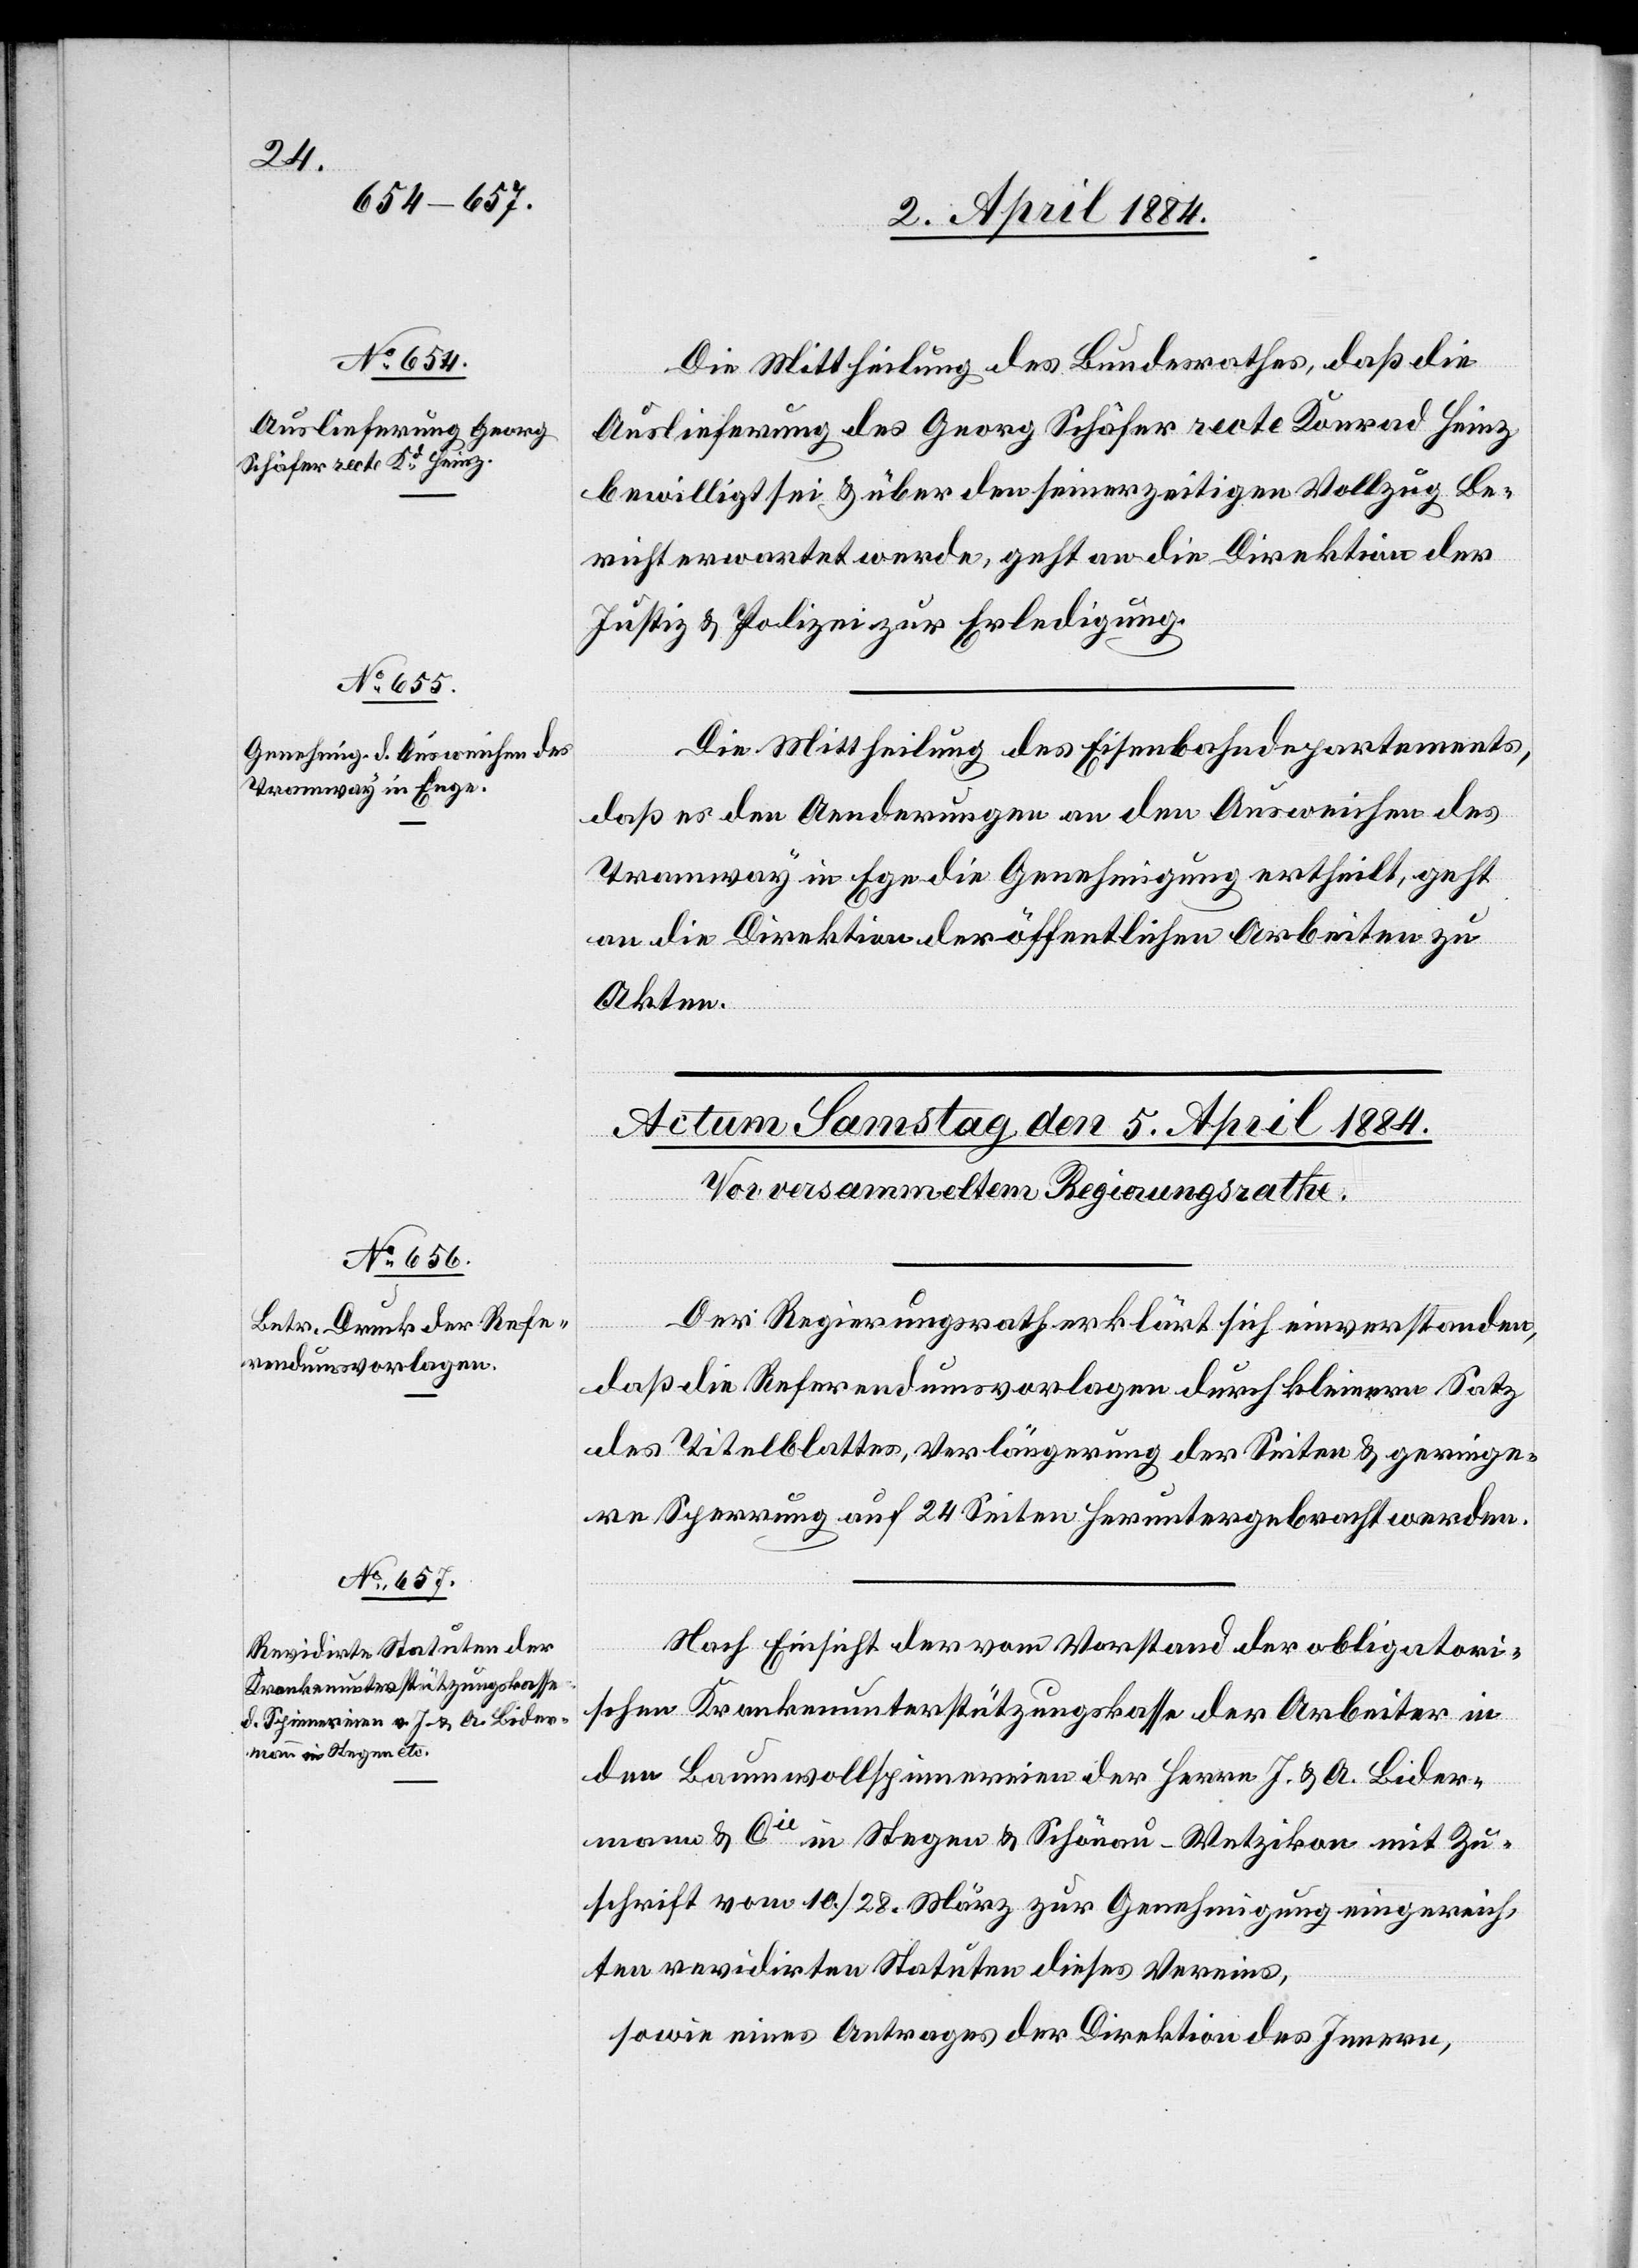
4. April 1884.]
Die Mittheilung des Bundesrathes, daß die
Auslieferung des Georg Schäfer recte Konrad Heinz
bewilligt sei & über den seinerzeitigen Vollzug Be¬
richt erwartet werde, geht an die Direktion der
Justiz- & Polizei zur Erledigung.
Die Mittheilung des Eisenbahndepartements,
das es den Aenderungen an den Ausweichen des
Tramway in E[n]ge die Genehmigung ertheilt, geht
an die Direktion der öffentlichen Arbeiten zu
Akten.
Der Regierungsrath erklärt sich einverstanden,
daß die Referendumsvorlagen durch kleinern Satz
des Titelblattes, Verlängerung der Seiten & geringe¬
re Sperrung auf 24 Seiten heruntergebracht werden.
den
Nach Einsicht der vom Vorstand der obligatori¬
schen Krankenunterstützungskasse der Arbeiter in
den Baumwollspinnereien der Herrn J. & A. Bider¬
mann & Cie in Stegen & Schönau - Wetzikon mit Zu¬
schrift vom 10./28. März zur Genehmigung eingereich¬
ten revidirten Statuten dieses Vereins,
sowie eines Antrages der Direktion des Innern,